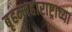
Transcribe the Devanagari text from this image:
बृहन्महाराष्ट्राच्या